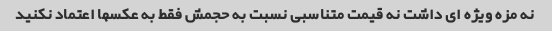
نه مزه ویژه اى داشت نه قیمت متناسبى نسبت به حجمش فقط به عکسها اعتماد نکنید